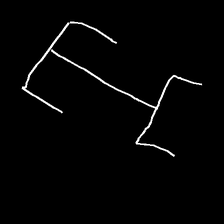
Glyph: entwine